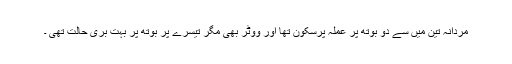
مردانہ تین میں سے دو بوتھ پر عملہ پرسکون تھا اور ووٹر بھی مگر تیسرے پر بوتھ پر بہت بری حالت تھی ۔